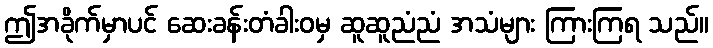
ဤအခိုက်မှာပင် ဆေးခန်းတံခါးဝမှ ဆူဆူညံညံ အသံများ ကြားကြရ သည်။